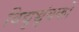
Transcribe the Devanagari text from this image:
विद्युच्चुंबकों